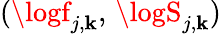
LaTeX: (\logf_{j,\mathbf{k}},\, \logS_{j,\mathbf{k}})